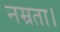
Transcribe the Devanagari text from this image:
नम्रता।